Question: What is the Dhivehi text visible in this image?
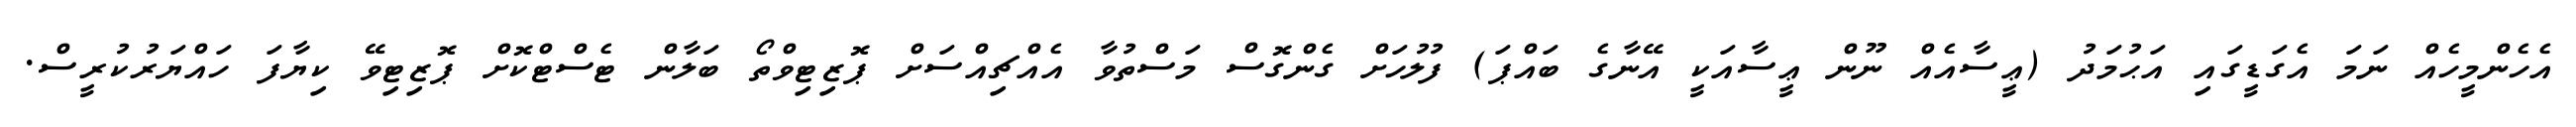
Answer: އެހެންމީހެއް ނަމަ އެގަޑީގައި އަޙުމަދު (ޢީސާއެއް ނޫން ޢީސާއަކީ އޭނާގެ ބައްޕަ) ފުލުހަށް ގެންގޮސް މަސްތުވާ އެއްޗިއްސަށް ޕޮޒިޓިވްތޯ ބަލާން ޓެސްޓްކޮށް ޕޮޒިޓިވޭ ކިޔާފަ ހައްޔަރުކުރީސް.